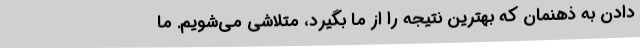
دادن به ذهنمان که بهترین نتیجه را از ما بگیرد، متلاشی می‌شویم. ما